Laidoner,_Johan, lk 64
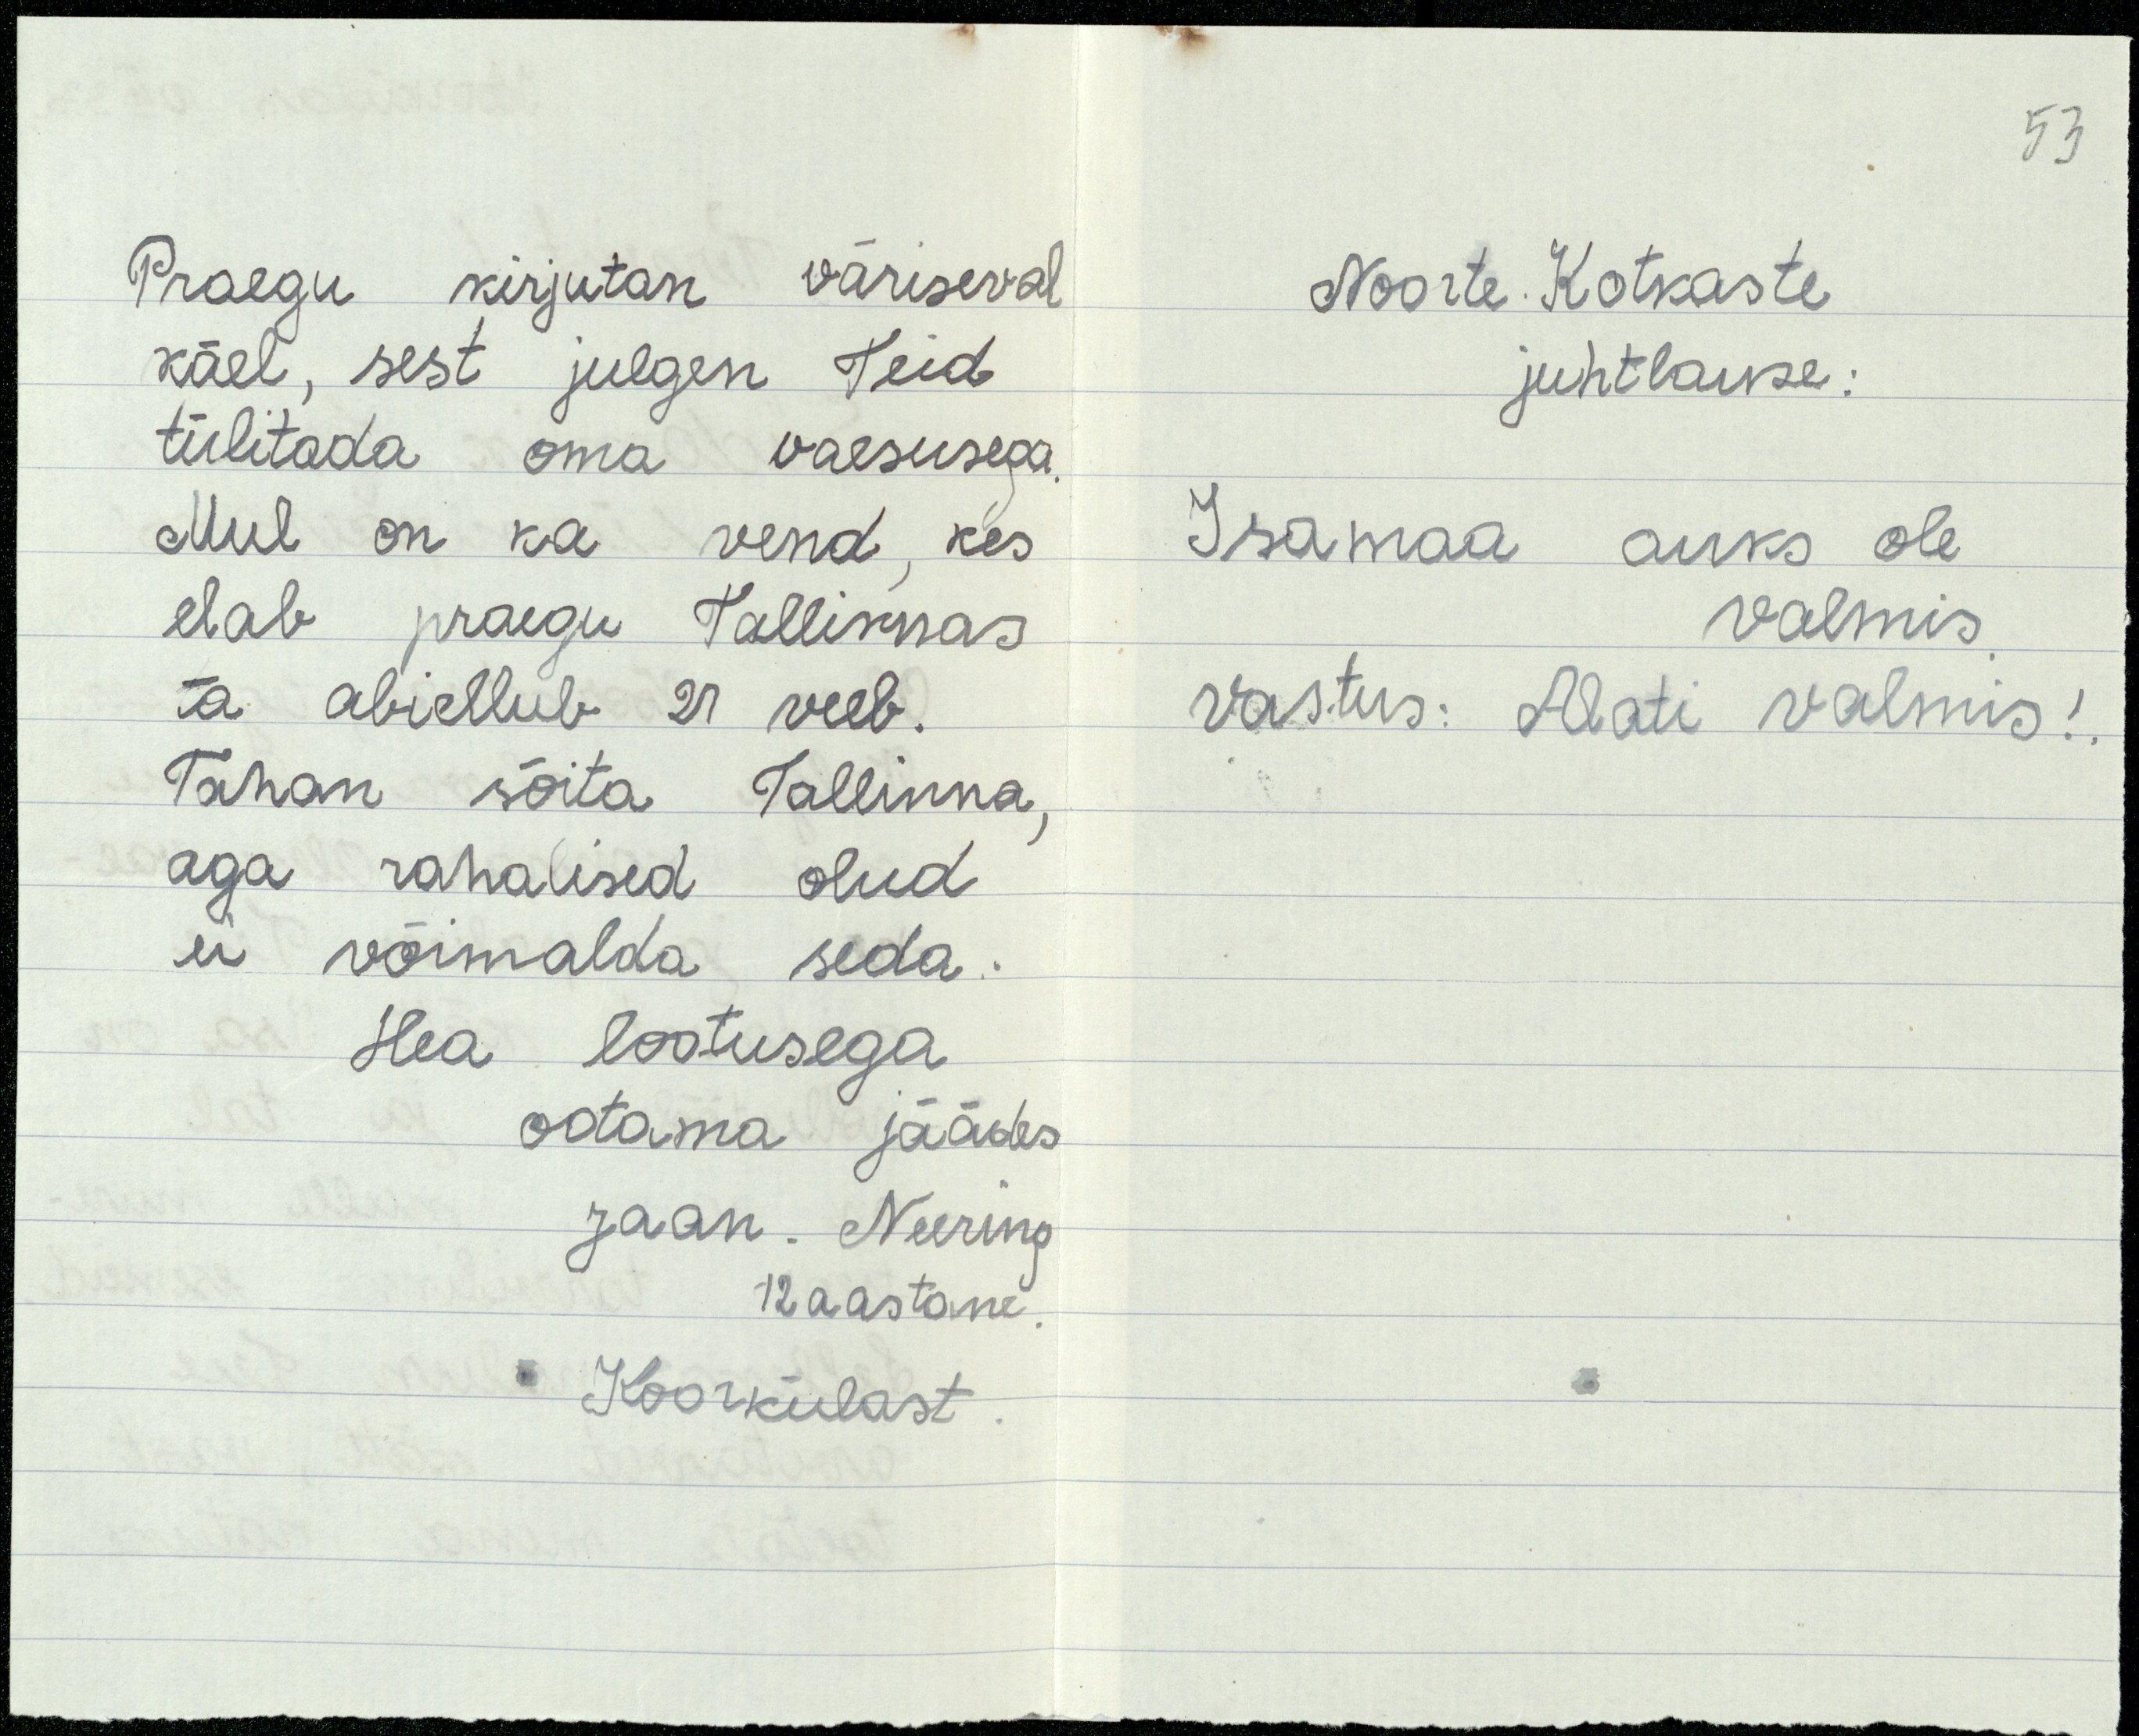
Praegu kirjutan väriseval
käel, sest julgen Teid
tülitada oma vaesusega.
Mul on ka vend, kes
elab praegu Tallinnas
ta abiellub 21 veeb.
Tahan sõita Tallinna,
aga rahalised olud.
ei võimalda seda.
Hea lootusega
ootama jäädes
Jaan. Neering
12 aastane
Koorkülast

53

Noorte Kotkaste
juhtlause:
Isamaa auks ole
valmis.
Vastus: Alati valmis!